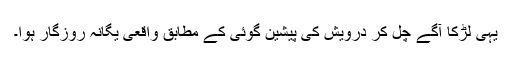
یہی لڑکا آگے چل کر درویش کی پیشین گوئی کے مطابق واقِعی یگانہ روزگار ہوا۔